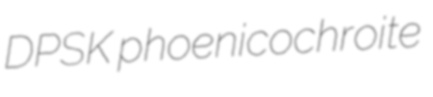
DPSK phoenicochroite